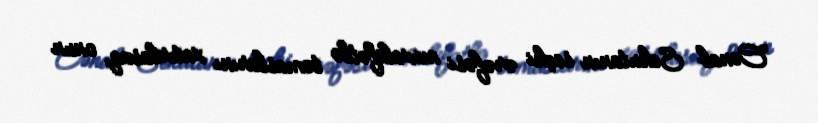
Cənab Sekutanın seçki ərəfəsi müxalifətlə təmaslarını xatırlasaq, onun